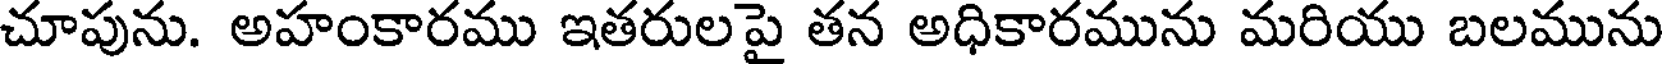
చూపును. అహంకారము ఇతరులపై తన అధికారమును మరియు బలమును